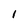
Character: I